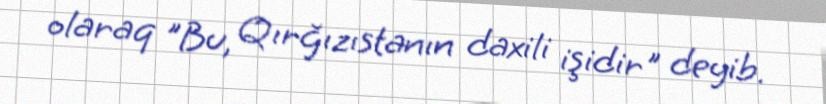
olaraq "Bu, Qırğızıstanın daxili işidir" deyib.